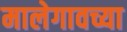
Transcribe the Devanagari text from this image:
मालेगावच्या